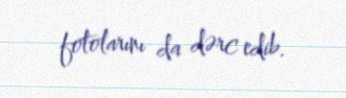
fotolarını da dərc edib.